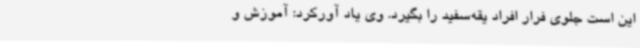
این است جلوی فرار افراد یقه‌سفید را بگیرد. وی یاد آورکرد: آموزش و